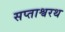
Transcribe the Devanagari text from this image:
सप्ताश्वरथ